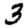
Digit: 3